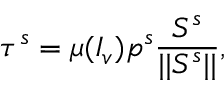
\boldsymbol { \tau ^ { s } } = \mu ( I _ { v } ) p ^ { s } \frac { \boldsymbol { S ^ { s } } } { \vert \vert \boldsymbol { S ^ { s } } \vert \vert } ,